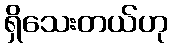
ရှိသေးတယ်ဟု